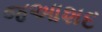
જઆશદ